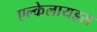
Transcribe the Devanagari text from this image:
एल्केलायड्स